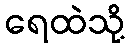
ရေထဲသို့